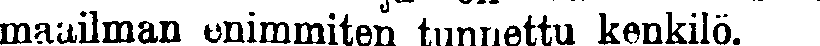
maailman enimmiten tunnettu kenkilö.